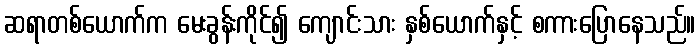
ဆရာတစ်ယောက်က မေးခွန်းကိုင်၍ ကျောင်းသား နှစ်ယောက်နှင့် စကားပြောနေသည်။